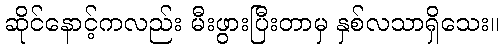
ဆိုင်နောင့်ကလည်း မီးဖွားပြီးတာမှ နှစ်လသာရှိသေး။